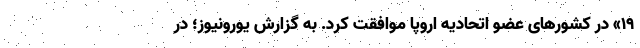
۱۹» در کشورهای عضو اتحادیه اروپا موافقت کرد. به گزارش یورونیوز؛ در